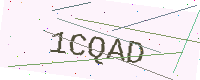
Text: 1CQAD